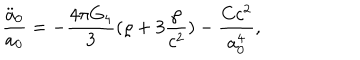
{ \frac { \ddot { a } _ { 0 } } { a _ { 0 } } } = - { \frac { 4 \pi G _ { 4 } } { 3 } } ( \varrho + 3 { \frac { \wp } { c ^ { 2 } } } ) - { \frac { C c ^ { 2 } } { a _ { 0 } ^ { 4 } } } ,